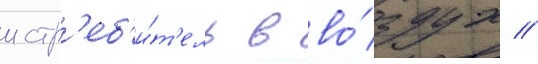
истр'еб'и́т'ель в во́здух //